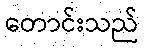
တောင်းသည်